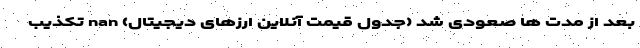
بعد از مدت ها صعودی شد (جدول قیمت آنلاین ارزهای دیجیتال) nan تکذیب